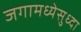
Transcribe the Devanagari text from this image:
जगामध्येसुध्दा